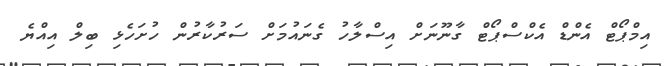
އިމްޕޯޓް އެންޑް އެކްސްޕޯޓް ގާނޫނަށް އިސްލާހު ގެނައުމަށް ސަރުކާރުން ހުށަހެޅި ބިލް އިއްޔެ